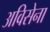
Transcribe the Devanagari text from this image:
अविसेना